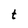
Character: t